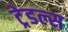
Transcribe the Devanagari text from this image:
ट्रेडल्स